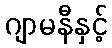
ဂျာမနီနှင့်